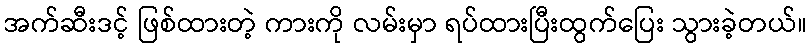
အက်ဆီးဒင့် ဖြစ်ထားတဲ့ ကားကို လမ်းမှာ ရပ်ထားပြီးထွက်ပြေး သွားခဲ့တယ်။